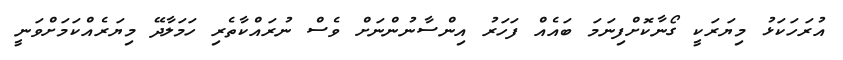
އުރަހަކަޅު މިޔަރަކީ ގޯނާކޮށްފިނަމަ ބައެއް ފަހަރު އިންސާނުންނަށް ވެސް ނުރައްކާތެރި ހަމަލާދޭ މިޔަރެއްކަމަށްވަނީ